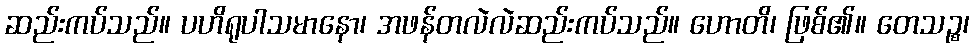
ဆည်းကပ်သည်။ ပဟိရုပါသမာနော၊ အဖန်တလဲလဲဆည်းကပ်သည်။ ဟောတိ၊ ဖြစ်၏။ တေသဉ္စ၊